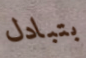
بتبادل